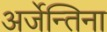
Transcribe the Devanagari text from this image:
अर्जेन्तिना